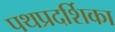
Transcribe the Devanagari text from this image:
पथप्रदर्शिका